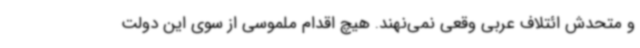
و متحدش ائتلاف عربی وقعی نمی‌نهند. هیچ اقدام ملموسی از سوی این دولت